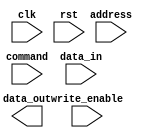
module ddr_sdram_controller (
  input wire clk,
  input wire rst,

  // Input signals
  input wire [12:0] address,
  input wire [1:0] command,
  input wire [7:0] data_in,
  input wire write_enable,

  // Output signals
  output reg [7:0] data_out
);

reg [7:0] memory [0:16383]; // SDRAM memory array

always @(posedge clk or posedge rst) begin
  if (rst) begin
    // Reset logic here
  end else begin
    // Address decoding logic here

    // Command generation logic here

    // Data transfer sequencing logic here

    // Refresh operation logic here
  end
end

endmodule